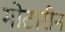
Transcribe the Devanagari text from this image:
मोटारीन